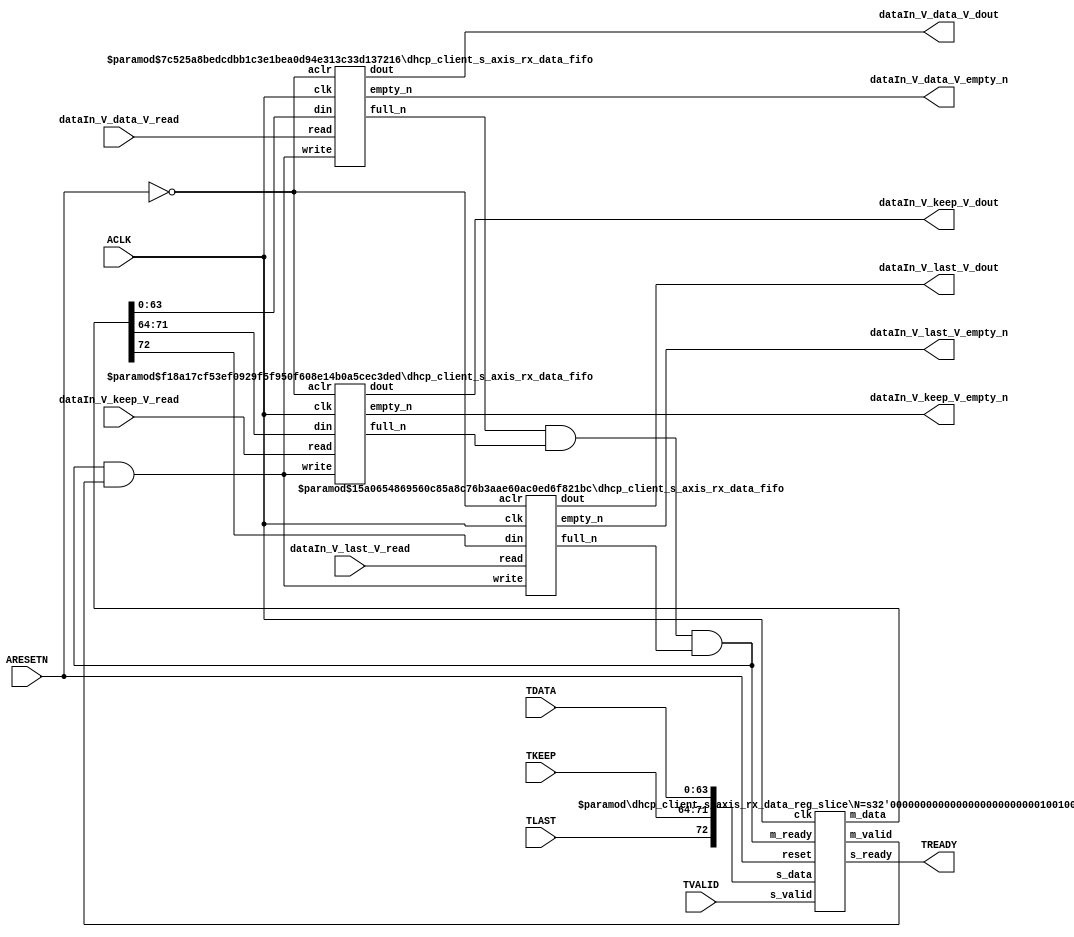
// This program was cloned from: https://github.com/mustafabbas/ECE1373_2016_hft_on_fpga
// License: MIT License

// ==============================================================
// File generated by Vivado(TM) HLS - High-Level Synthesis from C, C++ and SystemC
// Version: 2015.1
// Copyright (C) 2015 Xilinx Inc. All rights reserved.
// 
// ==============================================================


`timescale 1ns/1ps

module dhcp_client_s_axis_rx_data_if (
    // AXI4-Stream singals
    input  wire        ACLK,
    input  wire        ARESETN,
    input  wire        TVALID,
    output wire        TREADY,
    input  wire [63:0] TDATA,
    input  wire [7:0]  TKEEP,
    input  wire [0:0]  TLAST,
    // User signals
    output wire [63:0] dataIn_V_data_V_dout,
    output wire        dataIn_V_data_V_empty_n,
    input  wire        dataIn_V_data_V_read,
    output wire [7:0]  dataIn_V_keep_V_dout,
    output wire        dataIn_V_keep_V_empty_n,
    input  wire        dataIn_V_keep_V_read,
    output wire [0:0]  dataIn_V_last_V_dout,
    output wire        dataIn_V_last_V_empty_n,
    input  wire        dataIn_V_last_V_read
);
//------------------------Local signal-------------------
// FIFO
wire [0:0]  fifo_write;
wire [0:0]  fifo_full_n;
wire [63:0] dataIn_V_data_V_din;
wire [0:0]  dataIn_V_data_V_full_n;
wire [7:0]  dataIn_V_keep_V_din;
wire [0:0]  dataIn_V_keep_V_full_n;
wire [0:0]  dataIn_V_last_V_din;
wire [0:0]  dataIn_V_last_V_full_n;
// register slice
wire [0:0]  s_valid;
wire [0:0]  s_ready;
wire [72:0] s_data;
wire [0:0]  m_valid;
wire [0:0]  m_ready;
wire [72:0] m_data;

//------------------------Instantiation------------------
// rs
dhcp_client_s_axis_rx_data_reg_slice #(
    .N       ( 73 )
) rs (
    .clk     ( ACLK ),
    .reset   ( ARESETN ),
    .s_data  ( s_data ),
    .s_valid ( s_valid ),
    .s_ready ( s_ready ),
    .m_data  ( m_data ),
    .m_valid ( m_valid ),
    .m_ready ( m_ready )
);

// dataIn_V_data_V_fifo
dhcp_client_s_axis_rx_data_fifo #(
    .DATA_BITS  ( 64 ),
    .DEPTH_BITS ( 4 )
) dataIn_V_data_V_fifo (
    .clk        ( ACLK ),
    .aclr       ( ~ARESETN ),
    .empty_n    ( dataIn_V_data_V_empty_n ),
    .full_n     ( dataIn_V_data_V_full_n ),
    .read       ( dataIn_V_data_V_read ),
    .write      ( fifo_write ),
    .dout       ( dataIn_V_data_V_dout ),
    .din        ( dataIn_V_data_V_din )
);

// dataIn_V_keep_V_fifo
dhcp_client_s_axis_rx_data_fifo #(
    .DATA_BITS  ( 8 ),
    .DEPTH_BITS ( 4 )
) dataIn_V_keep_V_fifo (
    .clk        ( ACLK ),
    .aclr       ( ~ARESETN ),
    .empty_n    ( dataIn_V_keep_V_empty_n ),
    .full_n     ( dataIn_V_keep_V_full_n ),
    .read       ( dataIn_V_keep_V_read ),
    .write      ( fifo_write ),
    .dout       ( dataIn_V_keep_V_dout ),
    .din        ( dataIn_V_keep_V_din )
);

// dataIn_V_last_V_fifo
dhcp_client_s_axis_rx_data_fifo #(
    .DATA_BITS  ( 1 ),
    .DEPTH_BITS ( 4 )
) dataIn_V_last_V_fifo (
    .clk        ( ACLK ),
    .aclr       ( ~ARESETN ),
    .empty_n    ( dataIn_V_last_V_empty_n ),
    .full_n     ( dataIn_V_last_V_full_n ),
    .read       ( dataIn_V_last_V_read ),
    .write      ( fifo_write ),
    .dout       ( dataIn_V_last_V_dout ),
    .din        ( dataIn_V_last_V_din )
);

//------------------------Body---------------------------
//++++++++++++++++++++++++AXI4-Stream++++++++++++++++++++
assign TREADY = s_ready;

//+++++++++++++++++++++++++++++++++++++++++++++++++++++++

//++++++++++++++++++++++++Reigister Slice++++++++++++++++
assign s_valid = TVALID;
assign m_ready = fifo_full_n;
assign s_data  = {TLAST[0:0], TKEEP[7:0], TDATA[63:0]};

//+++++++++++++++++++++++++++++++++++++++++++++++++++++++

//++++++++++++++++++++++++FIFO+++++++++++++++++++++++++++
assign fifo_write          = fifo_full_n & m_valid;
assign dataIn_V_data_V_din = m_data[63:0];
assign dataIn_V_keep_V_din = m_data[71:64];
assign dataIn_V_last_V_din = m_data[72:72];
assign fifo_full_n         = dataIn_V_data_V_full_n & dataIn_V_keep_V_full_n & dataIn_V_last_V_full_n;

//+++++++++++++++++++++++++++++++++++++++++++++++++++++++

endmodule



`timescale 1ns/1ps

module dhcp_client_s_axis_rx_data_fifo
#(parameter
    DATA_BITS  = 8,
    DEPTH_BITS = 4
)(
    input  wire                 clk,
    input  wire                 aclr,
    output wire                 empty_n,
    output wire                 full_n,
    input  wire                 read,
    input  wire                 write,
    output wire [DATA_BITS-1:0] dout,
    input  wire [DATA_BITS-1:0] din
);
//------------------------Parameter----------------------
localparam
    DEPTH = 1 << DEPTH_BITS;
//------------------------Local signal-------------------
reg                   empty;
reg                   full;
reg  [DEPTH_BITS-1:0] index;
reg  [DATA_BITS-1:0]  mem[0:DEPTH-1];
//------------------------Body---------------------------
assign empty_n = ~empty;
assign full_n  = ~full;
assign dout    = mem[index];

// empty
always @(posedge clk or posedge aclr) begin
    if (aclr)
        empty <= 1'b1;
    else if (empty & write & ~read)
        empty <= 1'b0;
    else if (~empty & ~write & read & (index==1'b0))
        empty <= 1'b1;
end

// full
always @(posedge clk or posedge aclr) begin
    if (aclr)
        full <= 1'b0;
    else if (full & read & ~write)
        full <= 1'b0;
    else if (~full & ~read & write & (index==DEPTH-2'd2))
        full <= 1'b1;
end

// index
always @(posedge clk or posedge aclr) begin
    if (aclr)
        index <= {DEPTH_BITS{1'b1}};
    else if (~empty & ~write & read)
        index <= index - 1'b1;
    else if (~full & ~read & write)
        index <= index + 1'b1;
end

// mem
always @(posedge clk) begin
    if (~full & write) mem[0] <= din;
end

genvar i;
generate
    for (i = 1; i < DEPTH; i = i + 1) begin : gen_sr
        always @(posedge clk) begin
            if (~full & write) mem[i] <= mem[i-1];
        end
    end
endgenerate

endmodule

`timescale 1ns/1ps

module dhcp_client_s_axis_rx_data_reg_slice
#(parameter
    N = 8   // data width
) (
    // system signals
    input  wire         clk,
    input  wire         reset,
    // slave side
    input  wire [N-1:0] s_data,
    input  wire         s_valid,
    output wire         s_ready,
    // master side
    output wire [N-1:0] m_data,
    output wire         m_valid,
    input  wire         m_ready
);
//------------------------Parameter----------------------
// state
localparam [1:0]
    ZERO = 2'b10,
    ONE  = 2'b11,
    TWO  = 2'b01;
//------------------------Local signal-------------------
reg  [N-1:0] data_p1;
reg  [N-1:0] data_p2;
wire         load_p1;
wire         load_p2;
wire         load_p1_from_p2;
reg          s_ready_t;
reg  [1:0]   state;
reg  [1:0]   next;
//------------------------Body---------------------------
assign s_ready = s_ready_t;
assign m_data  = data_p1;
assign m_valid = state[0];

assign load_p1 = (state == ZERO && s_valid) ||
                 (state == ONE && s_valid && m_ready) ||
                 (state == TWO && m_ready);
assign load_p2 = s_valid & s_ready;
assign load_p1_from_p2 = (state == TWO);

// data_p1
always @(posedge clk) begin
    if (load_p1) begin
        if (load_p1_from_p2)
            data_p1 <= data_p2;
        else
            data_p1 <= s_data;
    end
end

// data_p2
always @(posedge clk) begin
    if (load_p2) data_p2 <= s_data;
end

// s_ready_t
always @(posedge clk) begin
    if (~reset)
        s_ready_t <= 1'b0;
    else if (state == ZERO)
        s_ready_t <= 1'b1;
    else if (state == ONE && next == TWO)
        s_ready_t <= 1'b0;
    else if (state == TWO && next == ONE)
        s_ready_t <= 1'b1;
end

// state
always @(posedge clk) begin
    if (~reset)
        state <= ZERO;
    else
        state <= next;
end

// next
always @(*) begin
    case (state)
        ZERO:
            if (s_valid & s_ready)
                next = ONE;
            else
                next = ZERO;
        ONE:
            if (~s_valid & m_ready)
                next = ZERO;
            else if (s_valid & ~m_ready)
                next = TWO;
            else
                next = ONE;
        TWO:
            if (m_ready)
                next = ONE;
            else
                next = TWO;
        default:
            next = ZERO;
    endcase
end

endmodule